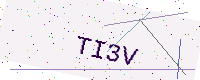
Text: TI3V